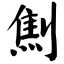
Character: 劁